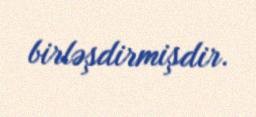
birləşdirmişdir.